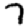
Digit: 7